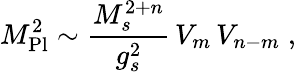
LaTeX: M_{\mathrm{Pl}}^{2}\sim\frac{M_{s}^{2+n}}{g_{s}^{2}}\, V_{m}\, V_{n-m}\; ,